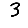
Digit: 3